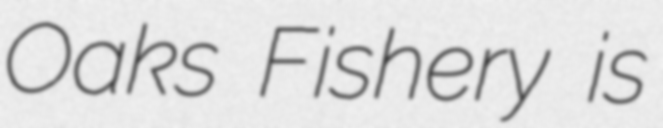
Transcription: Oaks Fishery is